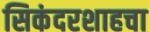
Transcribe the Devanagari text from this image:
सिकंदरशाहचा